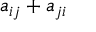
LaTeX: a _ { i j } + a _ { j i }